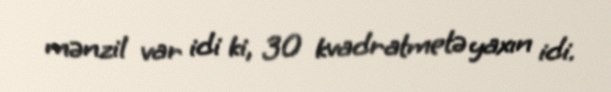
mənzil var idi ki, 30 kvadratmetə yaxın idi.